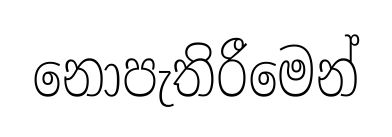
නොපැතිරීමෙන්